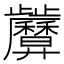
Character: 𢍷